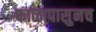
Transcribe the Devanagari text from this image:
काळापासुनच